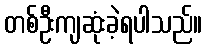
တစ်ဦးကျဆုံးခဲ့ရပါသည်။